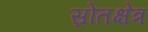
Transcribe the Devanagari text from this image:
स्रोतक्षेत्र